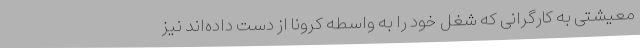
معیشتی به کارگرانی که شغل خود را به واسطه کرونا از دست داده‌اند نیز